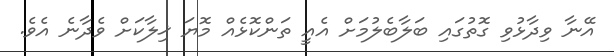
އޭނާ ވިދާޅުވި ގޮތުގައި ބަލާބެލުމަށް އެއީ ތަންކޮޅެއް މޮޔަ ޚިލާކަށް ވެދާނެ އެވެ.